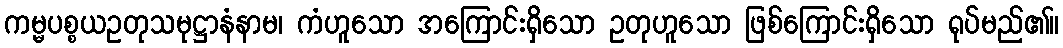
ကမ္မပစ္စယဥတုသမုဋ္ဌာနံနာမ၊ ကံဟူသော အကြောင်းရှိသော ဥတုဟူသော ဖြစ်ကြောင်းရှိသော ရုပ်မည်၏။